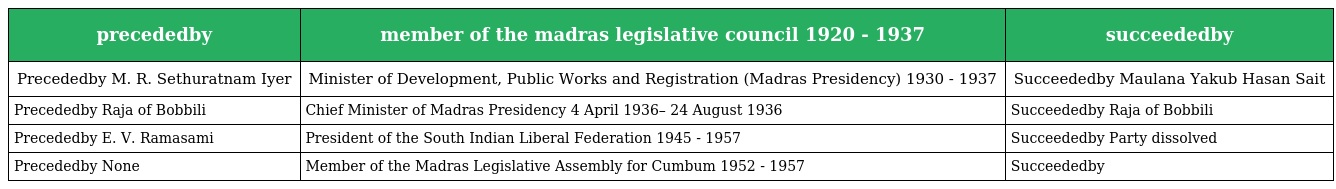
| precededby | member of the madras legislative council 1920 - 1937 | succeededby |
 | --- | --- | --- |
 | Precededby M. R. Sethuratnam Iyer | Minister of Development, Public Works and Registration (Madras Presidency) 1930 - 1937 | Succeededby Maulana Yakub Hasan Sait |
 | Precededby Raja of Bobbili | Chief Minister of Madras Presidency 4 April 1936– 24 August 1936 | Succeededby Raja of Bobbili |
 | Precededby E. V. Ramasami | President of the South Indian Liberal Federation 1945 - 1957 | Succeededby Party dissolved |
 | Precededby None | Member of the Madras Legislative Assembly for Cumbum 1952 - 1957 | Succeededby |